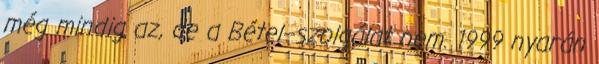
még mindig az, de a Bétel–szolgálat nem. 1999 nyarán